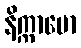
နိက္ကာမော